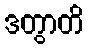
ဒတွာတိ